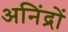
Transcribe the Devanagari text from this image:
अनिंद्रों